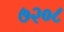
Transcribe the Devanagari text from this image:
७२०८